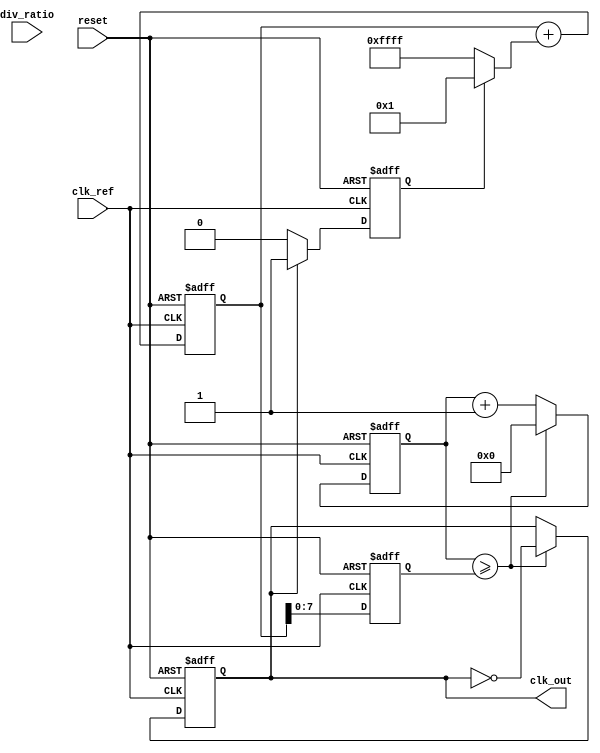
module fractional_PLL (
    input wire clk_ref,          // Reference clock input
    input wire reset,            // Asynchronous reset
    input wire [7:0] div_ratio,  // Division ratio from memory blocks
    output reg clk_out           // Output clock signal
);

// Phase Detector
reg phase_det_error;            // Phase Detector Error signal
reg [1:0] phase_det_state;      // State for phase detector

always @(posedge clk_ref or posedge reset) begin
    if (reset) begin
        phase_det_state <= 2'b00; // Initial state
        phase_det_error <= 0;
    end else begin
        // Simple phase detector logic (PFD)
        // Assuming clk_out is available here for comparison
        if (clk_out) begin
            phase_det_state <= 2'b01; // Output clock is leading
            phase_det_error <= 1;      // Error signal indicates leading
        end else begin
            phase_det_state <= 2'b10; // Output clock is lagging
            phase_det_error <= 0;      // Error signal indicates lagging
        end
    end
end

// Loop Filter (Simple Low-Pass Filter Example)
reg [15:0] loop_filter_output;  // Output of Loop Filter

always @(posedge clk_ref or posedge reset) begin
    if (reset) begin
        loop_filter_output <= 16'h0; // Reset filter output
    end else begin
        // Simple low-pass filter implementation
        loop_filter_output <= loop_filter_output + (phase_det_error ? 1 : -1);
    end
end

// Voltage-Controlled Oscillator (VCO)
reg [7:0] vco_freq;              // VCO frequency control
reg [7:0] vco_counter;           // VCO counter for clock generation

always @(posedge clk_ref or posedge reset) begin
    if (reset) begin
        vco_freq <= 0;
        vco_counter <= 0;
        clk_out <= 0;
    end else begin
        vco_freq <= loop_filter_output; // Control frequency based on loop filter output
        vco_counter <= vco_counter + 1;
        
        // Generate output clock based on VCO frequency
        if (vco_counter >= vco_freq) begin
            clk_out <= ~clk_out; // Toggle output clock
            vco_counter <= 0;
        end
    end
end

// Frequency Divider
reg [7:0] div_counter;           // Counter for dividing the output clock

always @(posedge clk_out or posedge reset) begin
    if (reset) begin
        div_counter <= 0;
    end else begin
        if (div_counter >= div_ratio) begin
            div_counter <= 0;
            // Feedback to phase detector here if needed.
        end else begin
            div_counter <= div_counter + 1;
        end
    end
end

endmodule